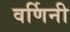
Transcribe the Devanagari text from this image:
वर्णिनी